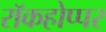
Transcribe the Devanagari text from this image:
रॉकहोप्पर